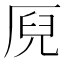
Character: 𠩫